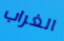
الغراب